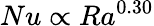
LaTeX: Nu\propto Ra^{0.30}